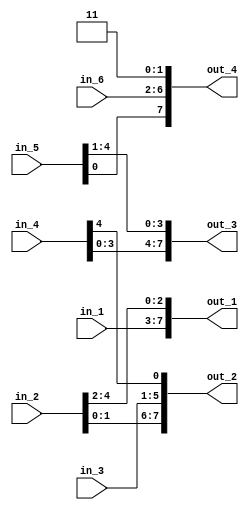
// Modelling vector concatenation in verilog.

module top_module(in_1, in_2, in_3, in_4, in_5, in_6, out_1, out_2, out_3, out_4);

	input [4:0] in_1, in_2, in_3, in_4, in_5, in_6;
	output [7:0] out_1, out_2, out_3, out_4;

	assign {out_1, out_2, out_3, out_4} = {in_1, in_2, in_3, in_4, in_5, in_6, 2'b11};

endmodule